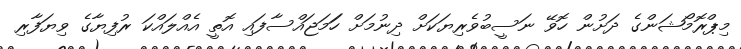
މިޕްރޮމޯޝަންގެ ދަށުން ހޮވޭ ނަސީބުވެރިޔަކަށް ދިނުމަށް ހަަމަޖައްސާފައި އޮތީ އެއްލައްކަ ރުފިޔާގެ ވިޔަފާރި